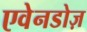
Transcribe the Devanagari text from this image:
एवेनडोज़